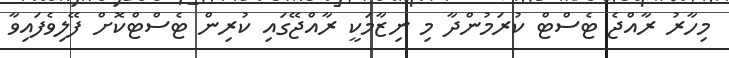
މިހާރު ރާއްޖެ ޓެސްޓް ކުރަމުންދާ މި ނިޒާމަކީ ރާއްޖޭގައި ކުރިން ޓެސްޓްކޮށް ފޭލިވެފައިވާ